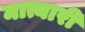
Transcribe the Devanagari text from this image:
मात्यारी